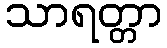
သာရတ္တာ